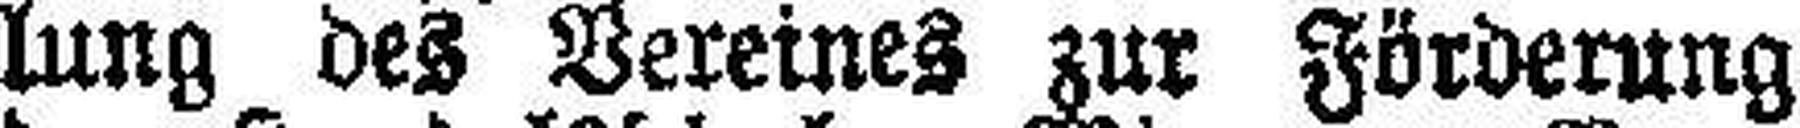
lung des Vereines zur Förderung